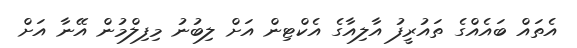
އެތައް ބައެއްގެ ތައުރީފު އާލިއާގެ އެކްޓިން އަށް ލިބުނު މިފިލްމުން އޭނާ އަށް